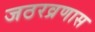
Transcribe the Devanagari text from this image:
जठरव्रणास